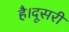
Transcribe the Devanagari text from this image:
है।दूसरी